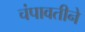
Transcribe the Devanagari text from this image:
चंपावतीने